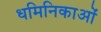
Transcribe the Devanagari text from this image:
धमिनिकाओं